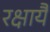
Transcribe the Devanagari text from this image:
रक्षायै